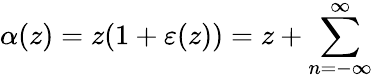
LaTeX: \alpha(z)=z(1+\varepsilon(z))=z+\sum_{n=-\infty}^{\infty}